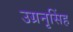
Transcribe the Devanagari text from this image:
उग्रनृसिंह